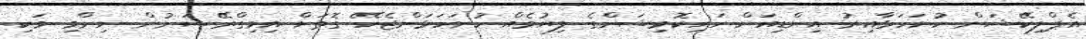
އެޕްލިކޭޝަން ހުށަހަޅާއިރު އިންޑިއަން ހައިކޮމިޝަންގެ ލިޔުމެއް ހުށަހަޅަންޖެހޭ ގޮތަށް އިމިގްރޭޝަނުން ނިންމި ވަކި